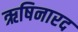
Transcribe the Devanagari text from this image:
ऋषिनारद